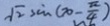
\sqrt { 2 } \sin ( x - \frac { \pi } { 4 } )